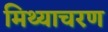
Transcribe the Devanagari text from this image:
मिथ्याचरण